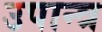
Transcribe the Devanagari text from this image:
उपान्त्र